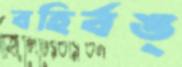
বহির্বঙ্